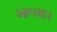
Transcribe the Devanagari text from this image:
आगया।